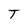
Character: T